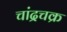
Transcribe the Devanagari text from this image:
चांद्रचक्र